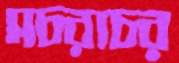
সচরাচর